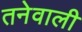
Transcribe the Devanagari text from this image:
तनेवाली